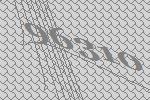
96310